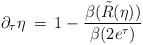
LaTeX: \begin{align*} \partial_{\tau}\eta\:=\:1-\frac{\beta(\tilde{R}(\eta))}{\beta(2e^{\tau})} \\\end{align*}